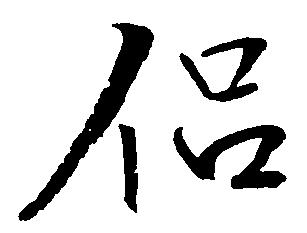
侶